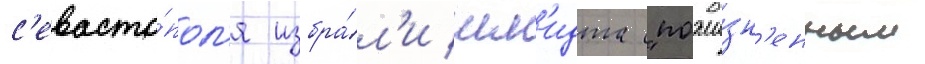
с'евасто́пол'я избра́л'и шм'идта "пожи́зн'енным